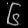
Digit: ၆